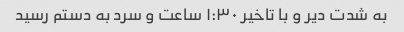
به شدت دیر و با تاخیر ۱:۳۰ ساعت و سرد به دستم رسید